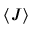
\langle J \rangle